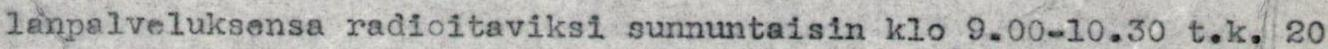
lanpalveluksensa radioitaviksi sunnuntaisin klo 9.00-10.30 t.k. 20